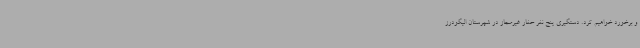
و برخورد خواهیم کرد. دستگیری پنج نفر حفار غیرمجاز در شهرستان الیگودرز